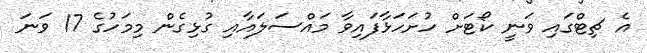
އެ ޗިޓްގައި ވަނީ ކޯޓަށް ހުށަހަޅާފައިވާ މައްސަލައާއި ގުޅިގެން މިމަހުގެ 17 ވަނަ